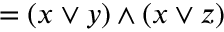
= ( x \vee y ) \wedge ( x \vee z )